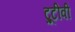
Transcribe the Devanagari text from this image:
ट्रूटीवी